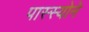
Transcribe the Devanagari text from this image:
पास्स्योने